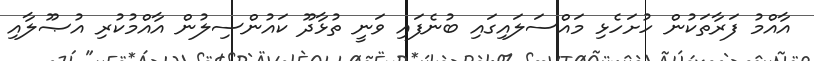
އާއްމު ފަރާތަކުން ހުށަހެޅި މައްސަލައިގައި ބުނެފައި ވަނީ ތުޅާދޫ ކައުންސިލުން އާއްމުކުރި އުޞޫލާއި